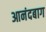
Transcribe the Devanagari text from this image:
आनंदबाग